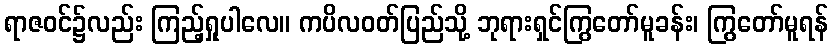
ရာဇဝင်၌လည်း ကြည့်ရှုပါလေ။ ကပိလဝတ်ပြည်သို့ ဘုရားရှင်ကြွတော်မူခန်း၊ ကြွတော်မူရန်